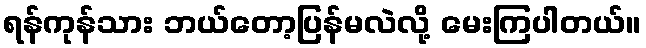
ရန်ကုန်သား ဘယ်တော့ပြန်မလဲလို့ မေးကြပါတယ်။